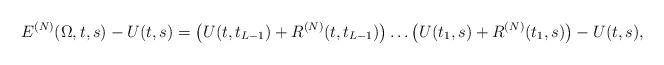
LaTeX: \begin{align*}E^{(N)}(\Omega,t,s)-U(t,s)=\big(U(t,t_{L-1})+R^{(N)}(t,t_{L-1})\big)\ldots \big(U(t_1,s)+R^{(N)}(t_1,s)\big)-U(t,s),\end{align*}